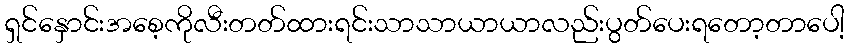
ရှင်နှောင်းအစေ့ကိုလီးတတ်ထားရင်းသာသာယာယာလည်းပွတ်ပေးရတော့တာပေါ့